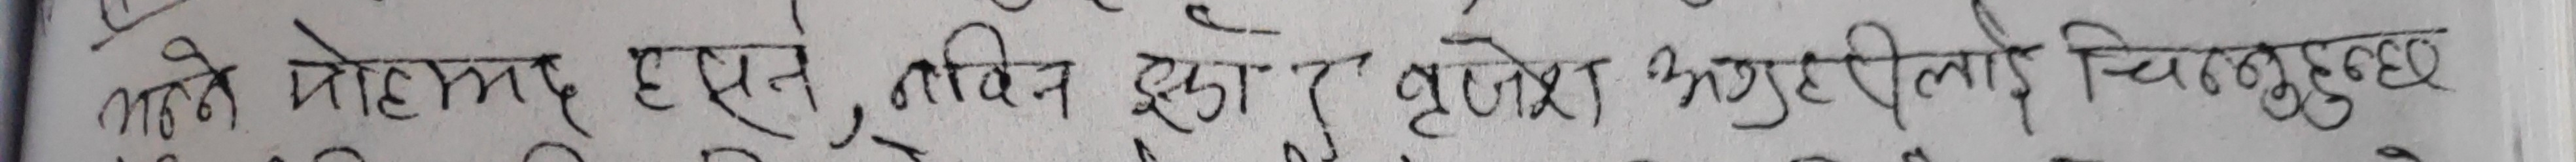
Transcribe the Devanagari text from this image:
लाभे मोहमद हुसेन, नबिन झाँ झुणेश अनुदिनी चितुबुद्ध